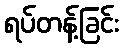
ရပ်တန့်ခြင်း